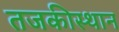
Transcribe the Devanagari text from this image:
तजकीस्थान